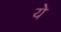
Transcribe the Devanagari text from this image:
येे